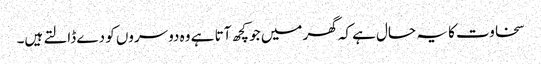
سخاوت کا یہ حال ہے کہ گھر میں جو کچھ آتا ہے وہ دوسروں کو دے ڈالتے ہیں۔